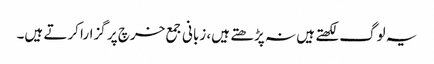
یہ لوگ لکھتے ہیں نہ پڑھتے ہیں، زبانی جمع خرچ پر گزارا کرتے ہیں۔